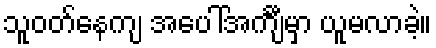
သူဝတ်နေကျ အပေါ်အင်္ကျီမှာ ယူမလာခဲ့။